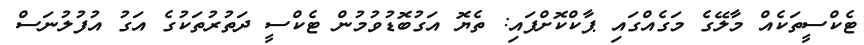
ޓެކްސީތަކެއް މާލޭގެ މަގެއްގައި ޕާކްކޮށްފައި: ތެޔޮ އަގުބޮޑުވުމުން ޓެކްސީ ދަތުރުތަކުގެ އަގު އުފުލުނަސް